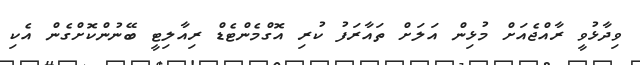
ވިދާޅުވީ ރާއްޖެއަށް މުޅިން އަލަށް ތައާރަފު ކުރި އޮގްމެންޓެޑް ރިއާލިޓީ ބޭނުންކޮށްގެން އެކި